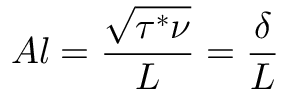
A l = \frac { \sqrt { \tau ^ { * } \nu } } { L } = \frac { \delta } { L }